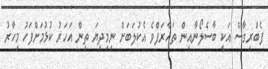
ފެބްރިގާސް އަކީ ބާސެލޯނާއިން ތައާރަފްވެ އެކުލަބަށް ނިމިދިޔަ ތިން އަހަރު ކުޅުމަށްފަހު މިހާރު